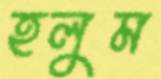
হলুম